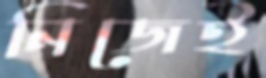
নিজেই